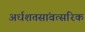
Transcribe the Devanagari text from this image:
अर्धशतसांवत्सरिक